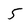
Character: 5